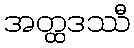
အတ္ထဒဿီ